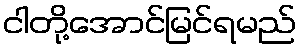
ငါတို့အောင်မြင်ရမည်